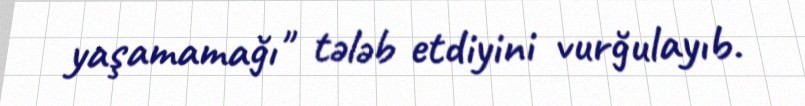
yaşamamağı" tələb etdiyini vurğulayıb.